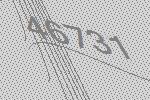
46731